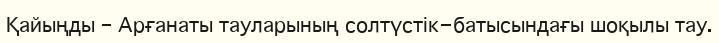
Қайыңды – Арғанаты тауларының солтүстік-батысындағы шоқылы тау.